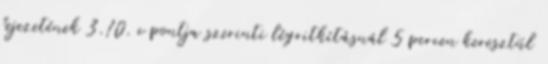
fejezetének 3.10. c pontja szerinti légritkításnál 5 percen keresztül